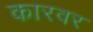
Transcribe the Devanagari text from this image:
कारवर